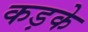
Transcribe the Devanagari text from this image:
कड़के